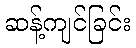
ဆန့်ကျင်ခြင်း